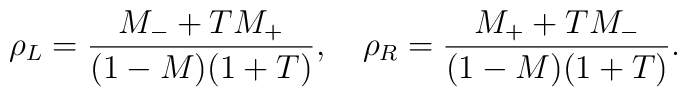
\rho_L=\frac{M_-+TM_+}{(1-M)(1+T)},\quad\rho_R=\frac{M_++TM_-}{(1-M)(1+T)}.